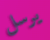
يرسل